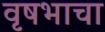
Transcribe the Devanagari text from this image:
वृषभाचा